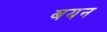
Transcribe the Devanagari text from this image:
बयन